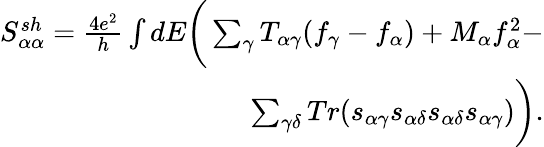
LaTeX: \begin{array}{r}{{S_{\alpha\alpha}^{sh}}=\frac{4e^{2}}{h}\int dE\bigg(\sum_{\gamma}T_{\alpha\gamma}(f_{\gamma}-f_{\alpha})+M_{\alpha}f_{\alpha}^{2}-}\\ {\sum_{\gamma\delta}Tr(s_{\alpha\gamma}s_{\alpha\delta}s_{\alpha\delta}s_{\alpha\gamma})\bigg).}\end{array}